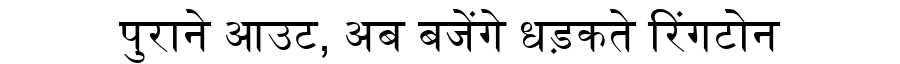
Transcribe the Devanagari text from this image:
पुराने आउट, अब बजेंगे धड़कते रिंगटोन